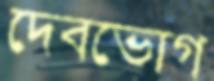
দেবভোগ